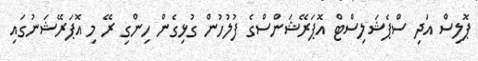
ޕޮލިސް އަދި ސްޕެޝަލިސްޓް އޮޕަރޭޝަންސްގެ ފުލުހުން ގުޅިގެން ހިންގި ރޭ މި އޮޕަރޭޝަނުގައި